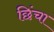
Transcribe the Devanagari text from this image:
छिंचा